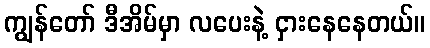
ကျွန်တော် ဒီအိမ်မှာ လပေးနဲ့ ငှားနေနေတယ်။